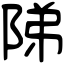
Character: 𨹥